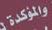
والؤكدة